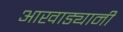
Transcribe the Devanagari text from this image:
आखाड्यानी